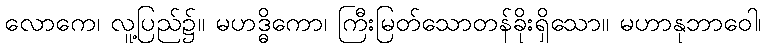
လောကေ၊ လူ့ပြည်၌။ မဟဒ္ဓိကော၊ ကြီးမြတ်သောတန်ခိုးရှိသော။ မဟာနုဘာဝေါ၊